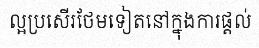
ល្អប្រសើរថែមទៀតនៅក្នុងការផ្តល់